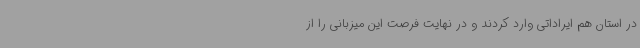
در استان هم ایراداتی وارد کردند و در نهایت فرصت این میزبانی را از